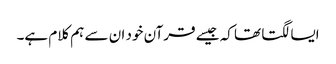
ایسا لگتا تھا کہ جیسے قرآن خود ان سے ہم کلام ہے۔